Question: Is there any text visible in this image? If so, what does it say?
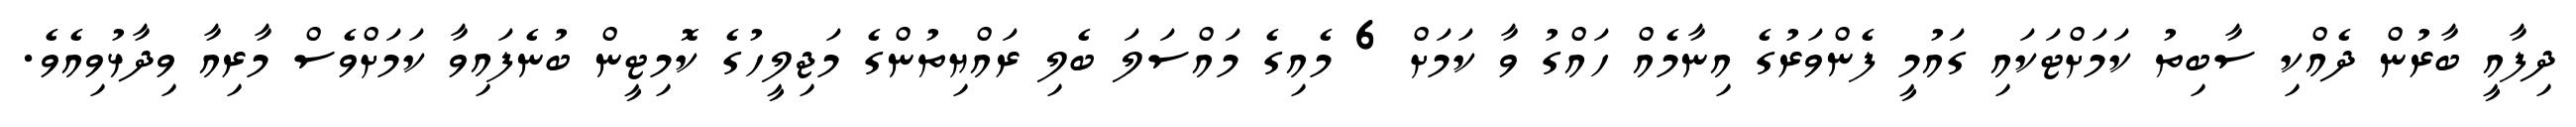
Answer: ދިފާއީ ބާރުން ދެއްކި ސާބިތު ކަމަށްޓަކައި ގައުމީ ފެންވަރުގެ އިނާމެއް ހައްގު ވާ ކަމަށް 6 މެއިގެ މައްސަލަ ބެލި ރައްޔިތުންގެ މަޖިލީހުގެ ކޮމިޓީން ބުނެފައިވާ ކަމަށްވެސް މާރިއާ ވިދާޅުވިއެވެ.